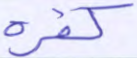
كفره